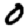
Digit: 0